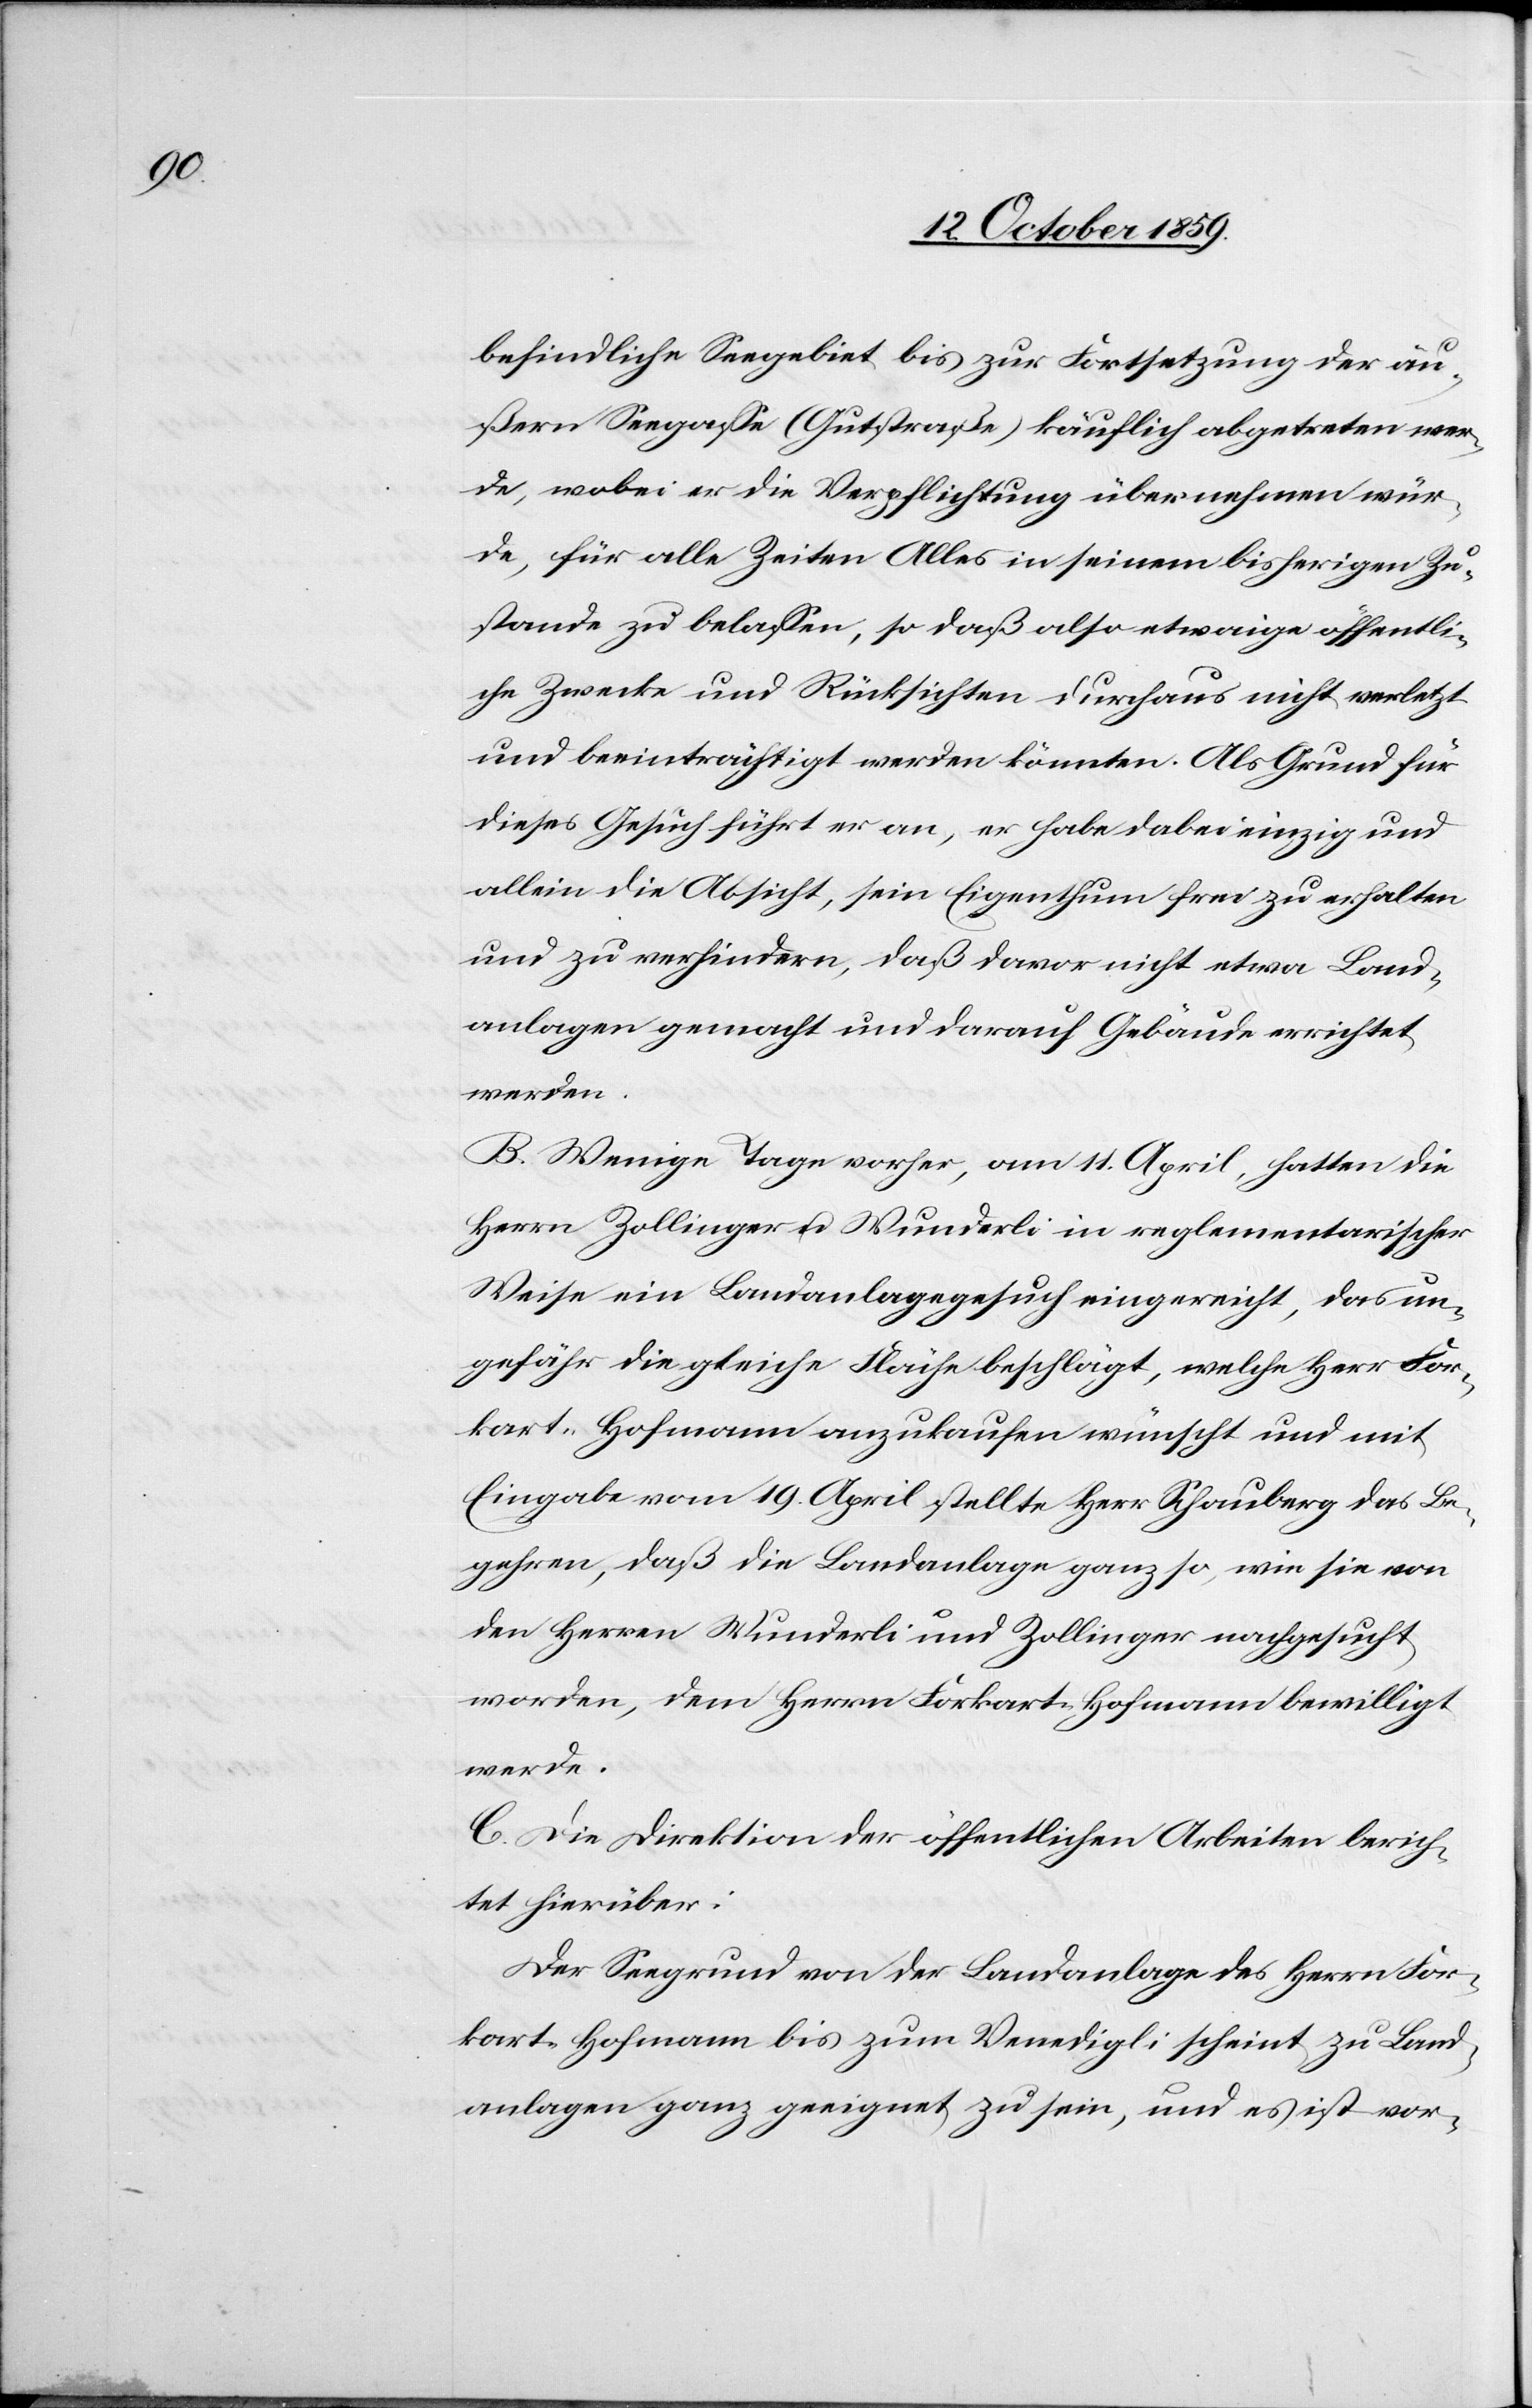
befindliche Seegebiet bis zur Fortsetzung der äu¬
ßern Seegasse (Gutstraße) käuflich abgetreten wer¬
de, wobei er die Verpflichtung übernehmen wür¬
de, für alle Zeiten Alles in seinem bisherigen Zu¬
stande zu belassen, so daß also etwaige öffentli¬
che Zwecke und Rücksichten durchaus nicht verletzt
und beeinträchtigt werden könnten. Als Grund für
dieses Gesuch führt er an, er habe dabei einzig und
allein die Absicht, sein Eigenthum frei zu erhalten
und zu verhindern, daß davor nicht etwa Land¬
anlagen gemacht und darauf Gebäude errichtet
werden.
B. Wenige Tage vorher, am 11. April, hatten die
Herren Zollinger u. Wunderli in reglementarischer
Weise ein Landanlagegesuch eingereicht, das un¬
gefähr die gleiche Fläche beschlägt, welche Herr For¬
kart-Hofmann anzukaufen wünscht und mit
Eingabe vom 19. April stellte Herr Schauberg das Be¬
gehren, daß die Landanlage ganz so, wie sie von
den Herren Wunderli und Zollinger nachgesucht
worden, dem Herrn Forkart-Hofmann bewilligt
werde.
C. Die Direktion der öffentlichen Arbeiten berich¬
tet hierüber:
Der Seegrund von der Landanlage des Herrn For¬
kart-Hofmann bis zum Venedigli scheint zu Land¬
anlagen ganz geeignet zu sein, und es ist vor-